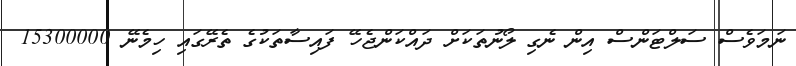
ނަމަވެސް ސަލްޓަންސް އިން ނެގި ލޯނުތަކަށް ދައްކަންޖެހޭ ފައިސާތަކުގެ ތެރޭގައި ހިމެނޭ 15300000